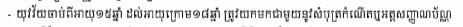
- យុវវ័យចាប់ពីអាយុ១៥ឆ្នាំ ដល់អាយុក្រោម១៨ឆ្នាំ ត្រុវយកមកជាមួួយនូវសំបុត្រកំណើតឬអត្តសញ្ញាណប័ណ្ណ